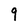
Character: q